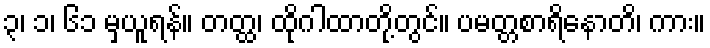
၃၊ ၁၊ ၆၁ မှယူရန်။ တတ္ထ၊ ထိုဂါထာတို့တွင်။ ပမတ္တစာရိနောတိ၊ ကား။